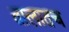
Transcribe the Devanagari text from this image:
तालातच